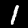
Digit: 1